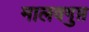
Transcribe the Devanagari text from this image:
मालवगुप्त